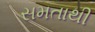
સમતાથી